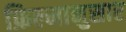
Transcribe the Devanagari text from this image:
फ़िल्मानुसार